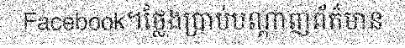
Facebook។ថ្លែងប្រាប់បណ្តាញព័ត៌មាន